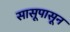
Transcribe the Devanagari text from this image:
सासूपासून